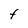
Character: t